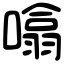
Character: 噏